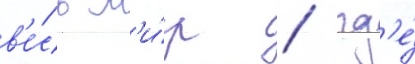
в'е́сь м'и́р / гд'е́